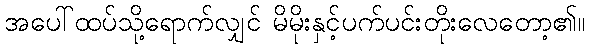
အပေါ်ထပ်သို့ရောက်လျှင် မိမိုးနှင့်ပက်ပင်းတိုးလေတော့၏။